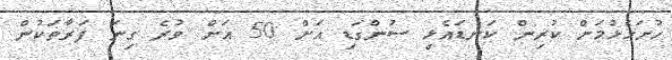
ހުށަހެޅުމަށް ކުރިން ކަނޑައެޅި ސުންގަޑި އަށް 50 އަށް ވުރެ ގިނަ ފަރާތަކުން